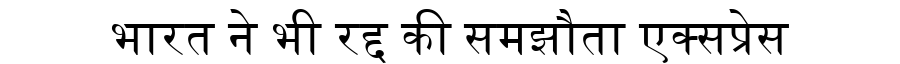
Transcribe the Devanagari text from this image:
भारत ने भी रद्द की समझौता एक्सप्रेस